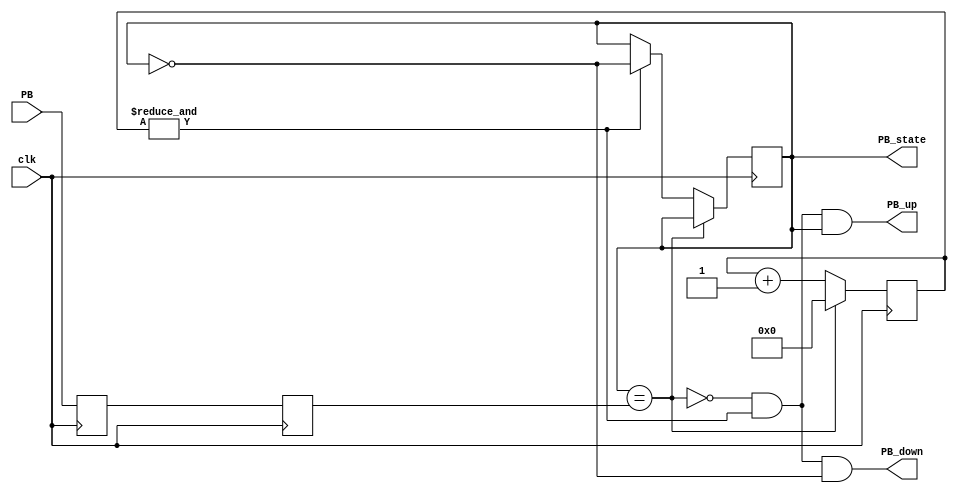
module PB_Debouncer(
	input clk,
	input PB,
	output reg PB_state = 0,
	output PB_down, PB_up);

reg PB_sync_0;
reg PB_sync_1;

always @(posedge clk) PB_sync_0 <= PB;
always @(posedge clk) PB_sync_1 <= PB_sync_0;

reg [15:0] PB_count;

wire PB_idle = (PB_state == PB_sync_1);
wire PB_count_max = &PB_count;

always @(posedge clk)
	begin
		if(PB_idle)
			PB_count <= 0;
		else
		begin
			PB_count <= PB_count +16'd1;
			if(PB_count_max)
				PB_state <= ~PB_state;
		end
	end
assign PB_down = ~PB_idle & PB_count_max & ~PB_state;
assign PB_up = ~PB_idle & PB_count_max & PB_state;
	
endmodule